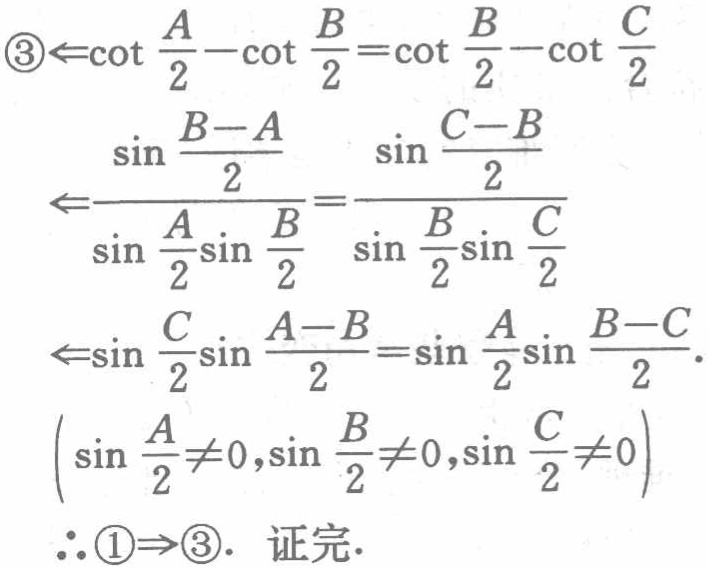
\begin{align*}

\textcircled{3}&\Leftarrow\cot\frac{A}{2}-\cot\frac{B}{2}=\cot\frac{B}{2}-\cot\frac{C}{2}\\

&\Leftarrow\frac{\sin\frac{B - A}{2}}{\sin\frac{A}{2}\sin\frac{B}{2}}=\frac{\sin\frac{C - B}{2}}{\sin\frac{B}{2}\sin\frac{C}{2}}\\

&\Leftarrow\sin\frac{C}{2}\sin\frac{A - B}{2}=\sin\frac{A}{2}\sin\frac{B - C}{2}.\\

&\left(\sin\frac{A}{2}\neq0,\sin\frac{B}{2}\neq0,\sin\frac{C}{2}\neq0\right)\\

\therefore&\textcircled{1}\Rightarrow\textcircled{3}.\ \text{证完}.

\end{align*}